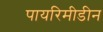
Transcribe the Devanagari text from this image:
पायरिमीडीन